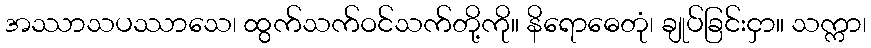
အဿာသပဿာသေ၊ ထွက်သက်ဝင်သက်တို့ကို။ နိရောဓေတုံ၊ ချုပ်ခြင်းငှာ။ သက္ကာ၊